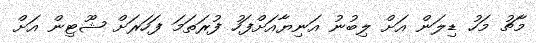
މާޗު މަހު ޑިލަން އަށް ލިބުނު އަނިޔާއަށްފަހު ފުރަތަމަ ފަހަރަށް ޝޫޓިން އަށް